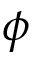
\phi